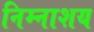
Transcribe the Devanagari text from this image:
निम्नाशय